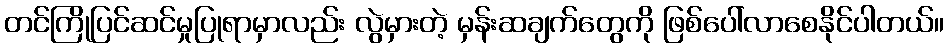
တင်ကြိုပြင်ဆင်မှုပြုရာမှာလည်း လွဲမှားတဲ့ မှန်းဆချက်တွေကို ဖြစ်ပေါ်လာစေနိုင်ပါတယ်။